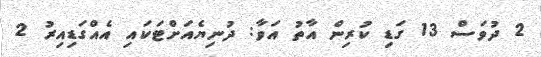
2 ދުވަސް 13 ގަޑި ކުރިން އާތު އަވާ: ދުނިޔެއަށްޓަކައި އެއްގަޑިއިރު 2